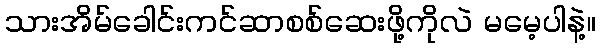
သားအိမ်ခေါင်းကင်ဆာစစ်ဆေးဖို့ကိုလဲ မမေ့ပါနဲ့။